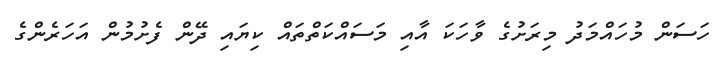
ހަސަން މުހައްމަދު މިރަށުގެ ވާހަކަ އާއި މަސައްކަތްތައް ކިޔައި ދޭން ފެށުމުން އަހަރެންގެ